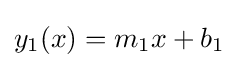
y_{1}(x)=m_{1}x+b_{1}